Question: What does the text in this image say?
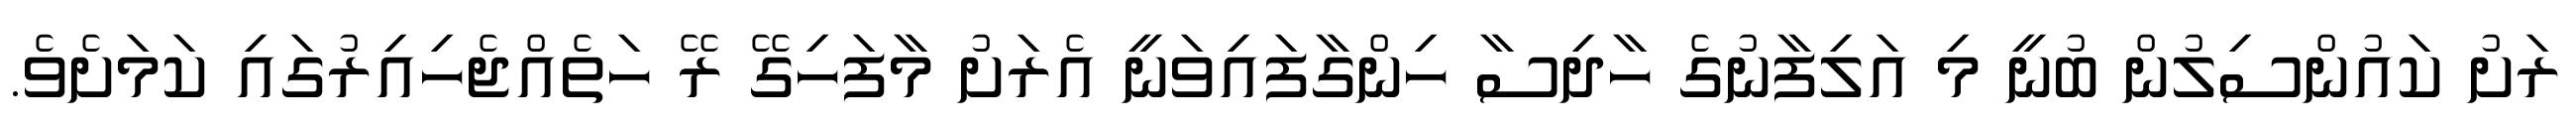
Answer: ރަށު ކައުންސިލުން ބުނީ މި އަލިފާނުގެ ހާދިސާ ހިންގާފައިވަނީ އެރަށު މާފަހިގޭ ރޭ ހަތެއްޖެހިއިރުގައި ކަމަށެވެ.